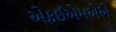
એફઈએમએએ